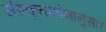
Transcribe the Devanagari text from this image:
संस्कृतकोशानुसार